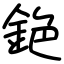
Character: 銫